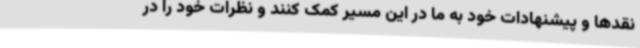
نقدها و پیشنهادات خود به ما در این مسیر کمک کنند و نظرات خود را در